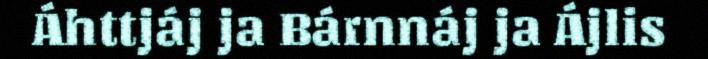
Áhttjáj ja Bárnnáj ja Ájlis